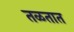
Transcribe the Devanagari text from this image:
तळतात